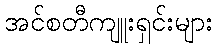
အင်စတီကျူးရှင်းများ